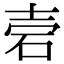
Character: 𥑟